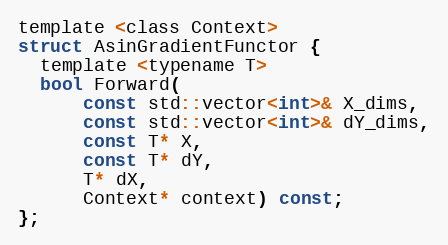
Language: C
template <class Context>
struct AsinGradientFunctor {
  template <typename T>
  bool Forward(
      const std::vector<int>& X_dims,
      const std::vector<int>& dY_dims,
      const T* X,
      const T* dY,
      T* dX,
      Context* context) const;
};